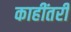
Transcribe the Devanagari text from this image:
काहींतरी